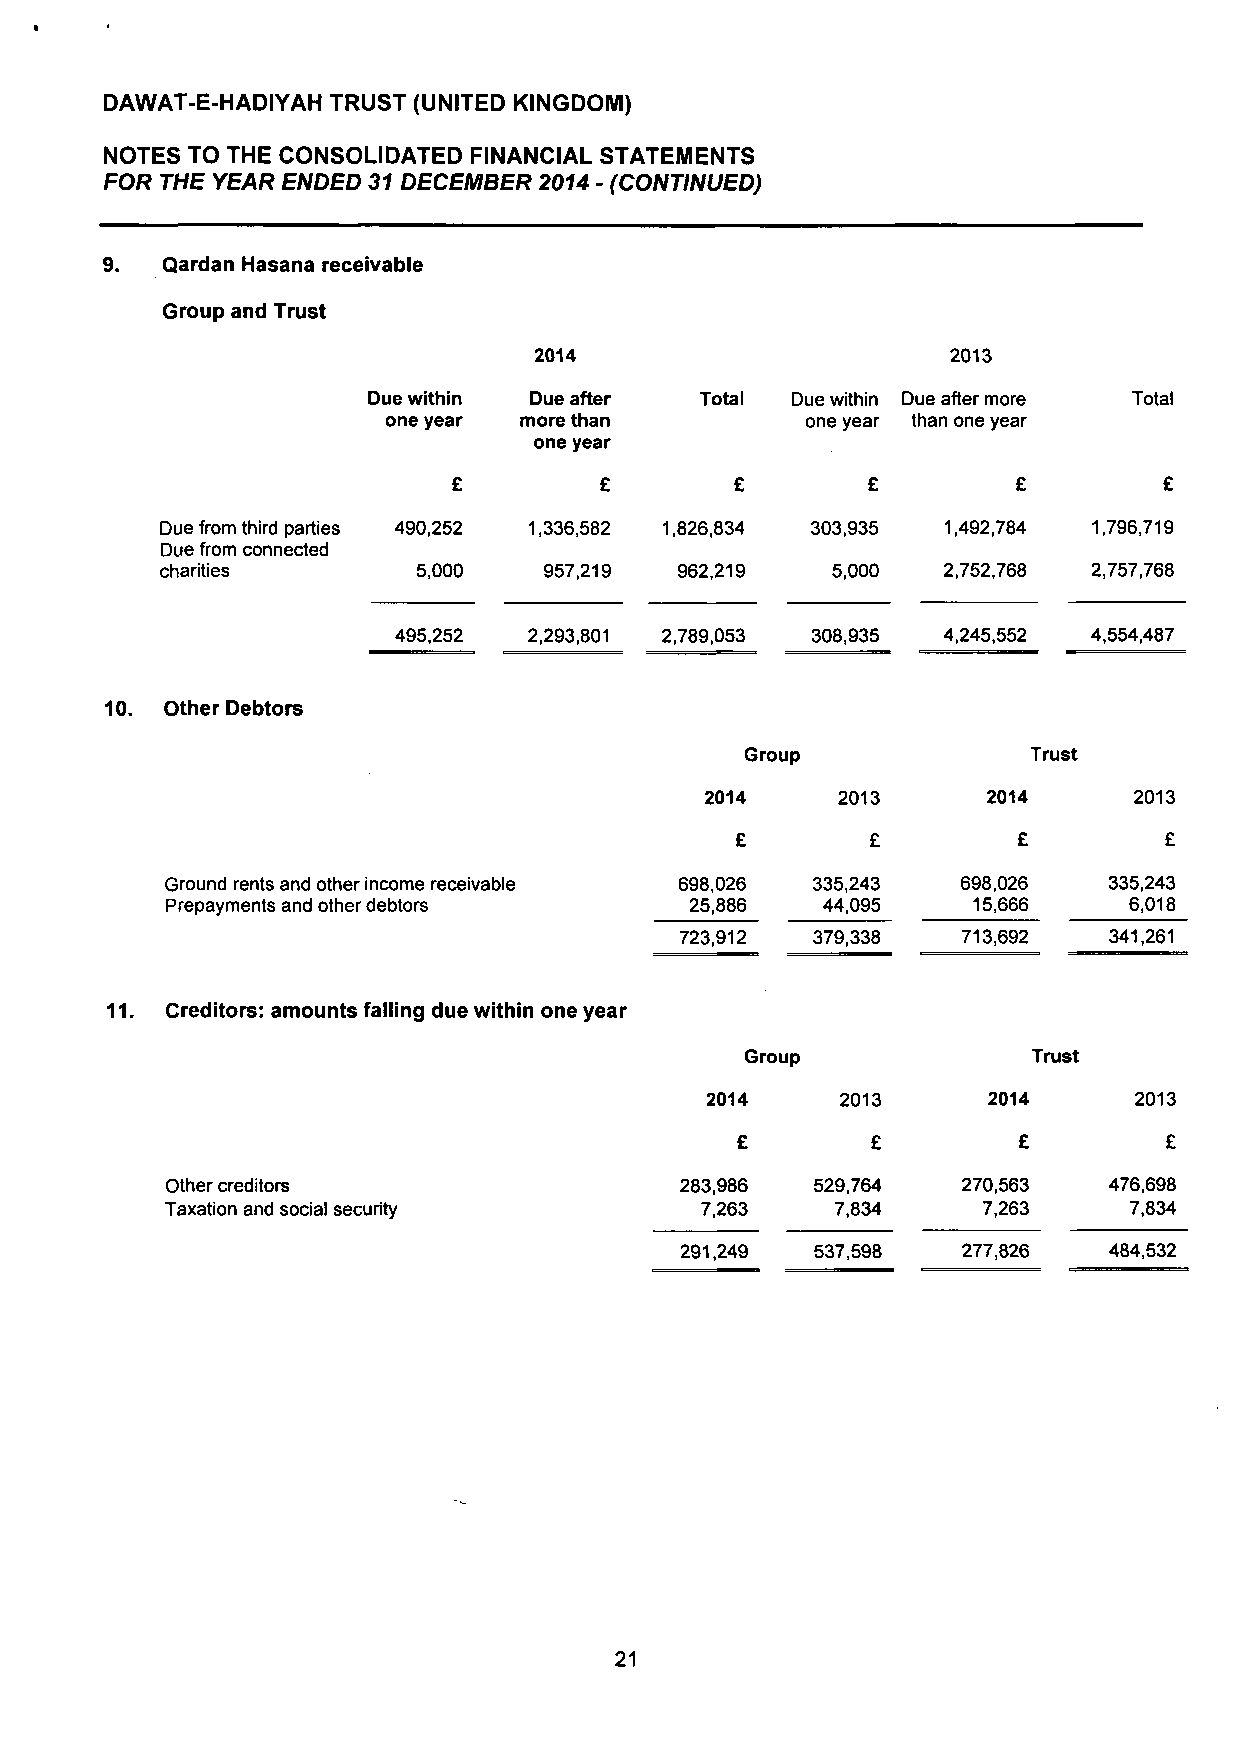
DAWAT-E-HADIYAH TRUST (UNITED KINGDOM)
 NOTES TO THE CONSOLIDATED FINANCIAL STATEMENTS
 FOR THE YEAR ENDED 31 DECEMBER 2014 - (CONTINUED)
 Qardan Hasana receivable
 Group and Trust
 2014                        2013
 Due within Due after  Total Due within Due after more Total
 one year more than         one year than one year
 one year
 £         £        £       £         £         £
 Due from third parties 490,252 1,336,582 1,826,834 303,935 1,492,784 1,796,719
 Due from connected
 charities        5,000   957,219  962,219   5,000  2,752,768 2,757,768
 495,252  2,293,801 2,789,053 308,935 4,245,552 4,554,487
 Other Debtors
 Group              Trust
 2014    2013      2014      2013
 £        £        £         £
 Ground rents and other income receivable 698,026 335,243 698,026 335,243
 Prepayments and other debtors      25,886  44,095    15,666     6,018
 723,912  379,338   713,692  341,261
 11. Creditors: amounts falling due within one year
 Group              Trust
 2014     2013     2014      2013
 £        £        £         £
 Other creditors                   283,986  529,764   270,563  476,698
 Taxation and social security       7,263    7,834     7,263     7,834
 291,249  537,598   277,826  484,532
 21